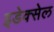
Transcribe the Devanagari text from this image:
इडेक्सेल